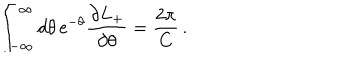
LaTeX: \int _ { - \infty } ^ { \infty } d \theta \, \mathrm { e } ^ { - \theta } \frac { \partial L _ { + } } { \partial \theta } = \frac { 2 \pi } { C } \, .